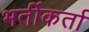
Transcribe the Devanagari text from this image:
भर्तीकर्ता